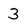
Character: 3